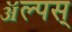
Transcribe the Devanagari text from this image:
ॲल्पस्